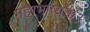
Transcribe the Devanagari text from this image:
महाभाष्यकर